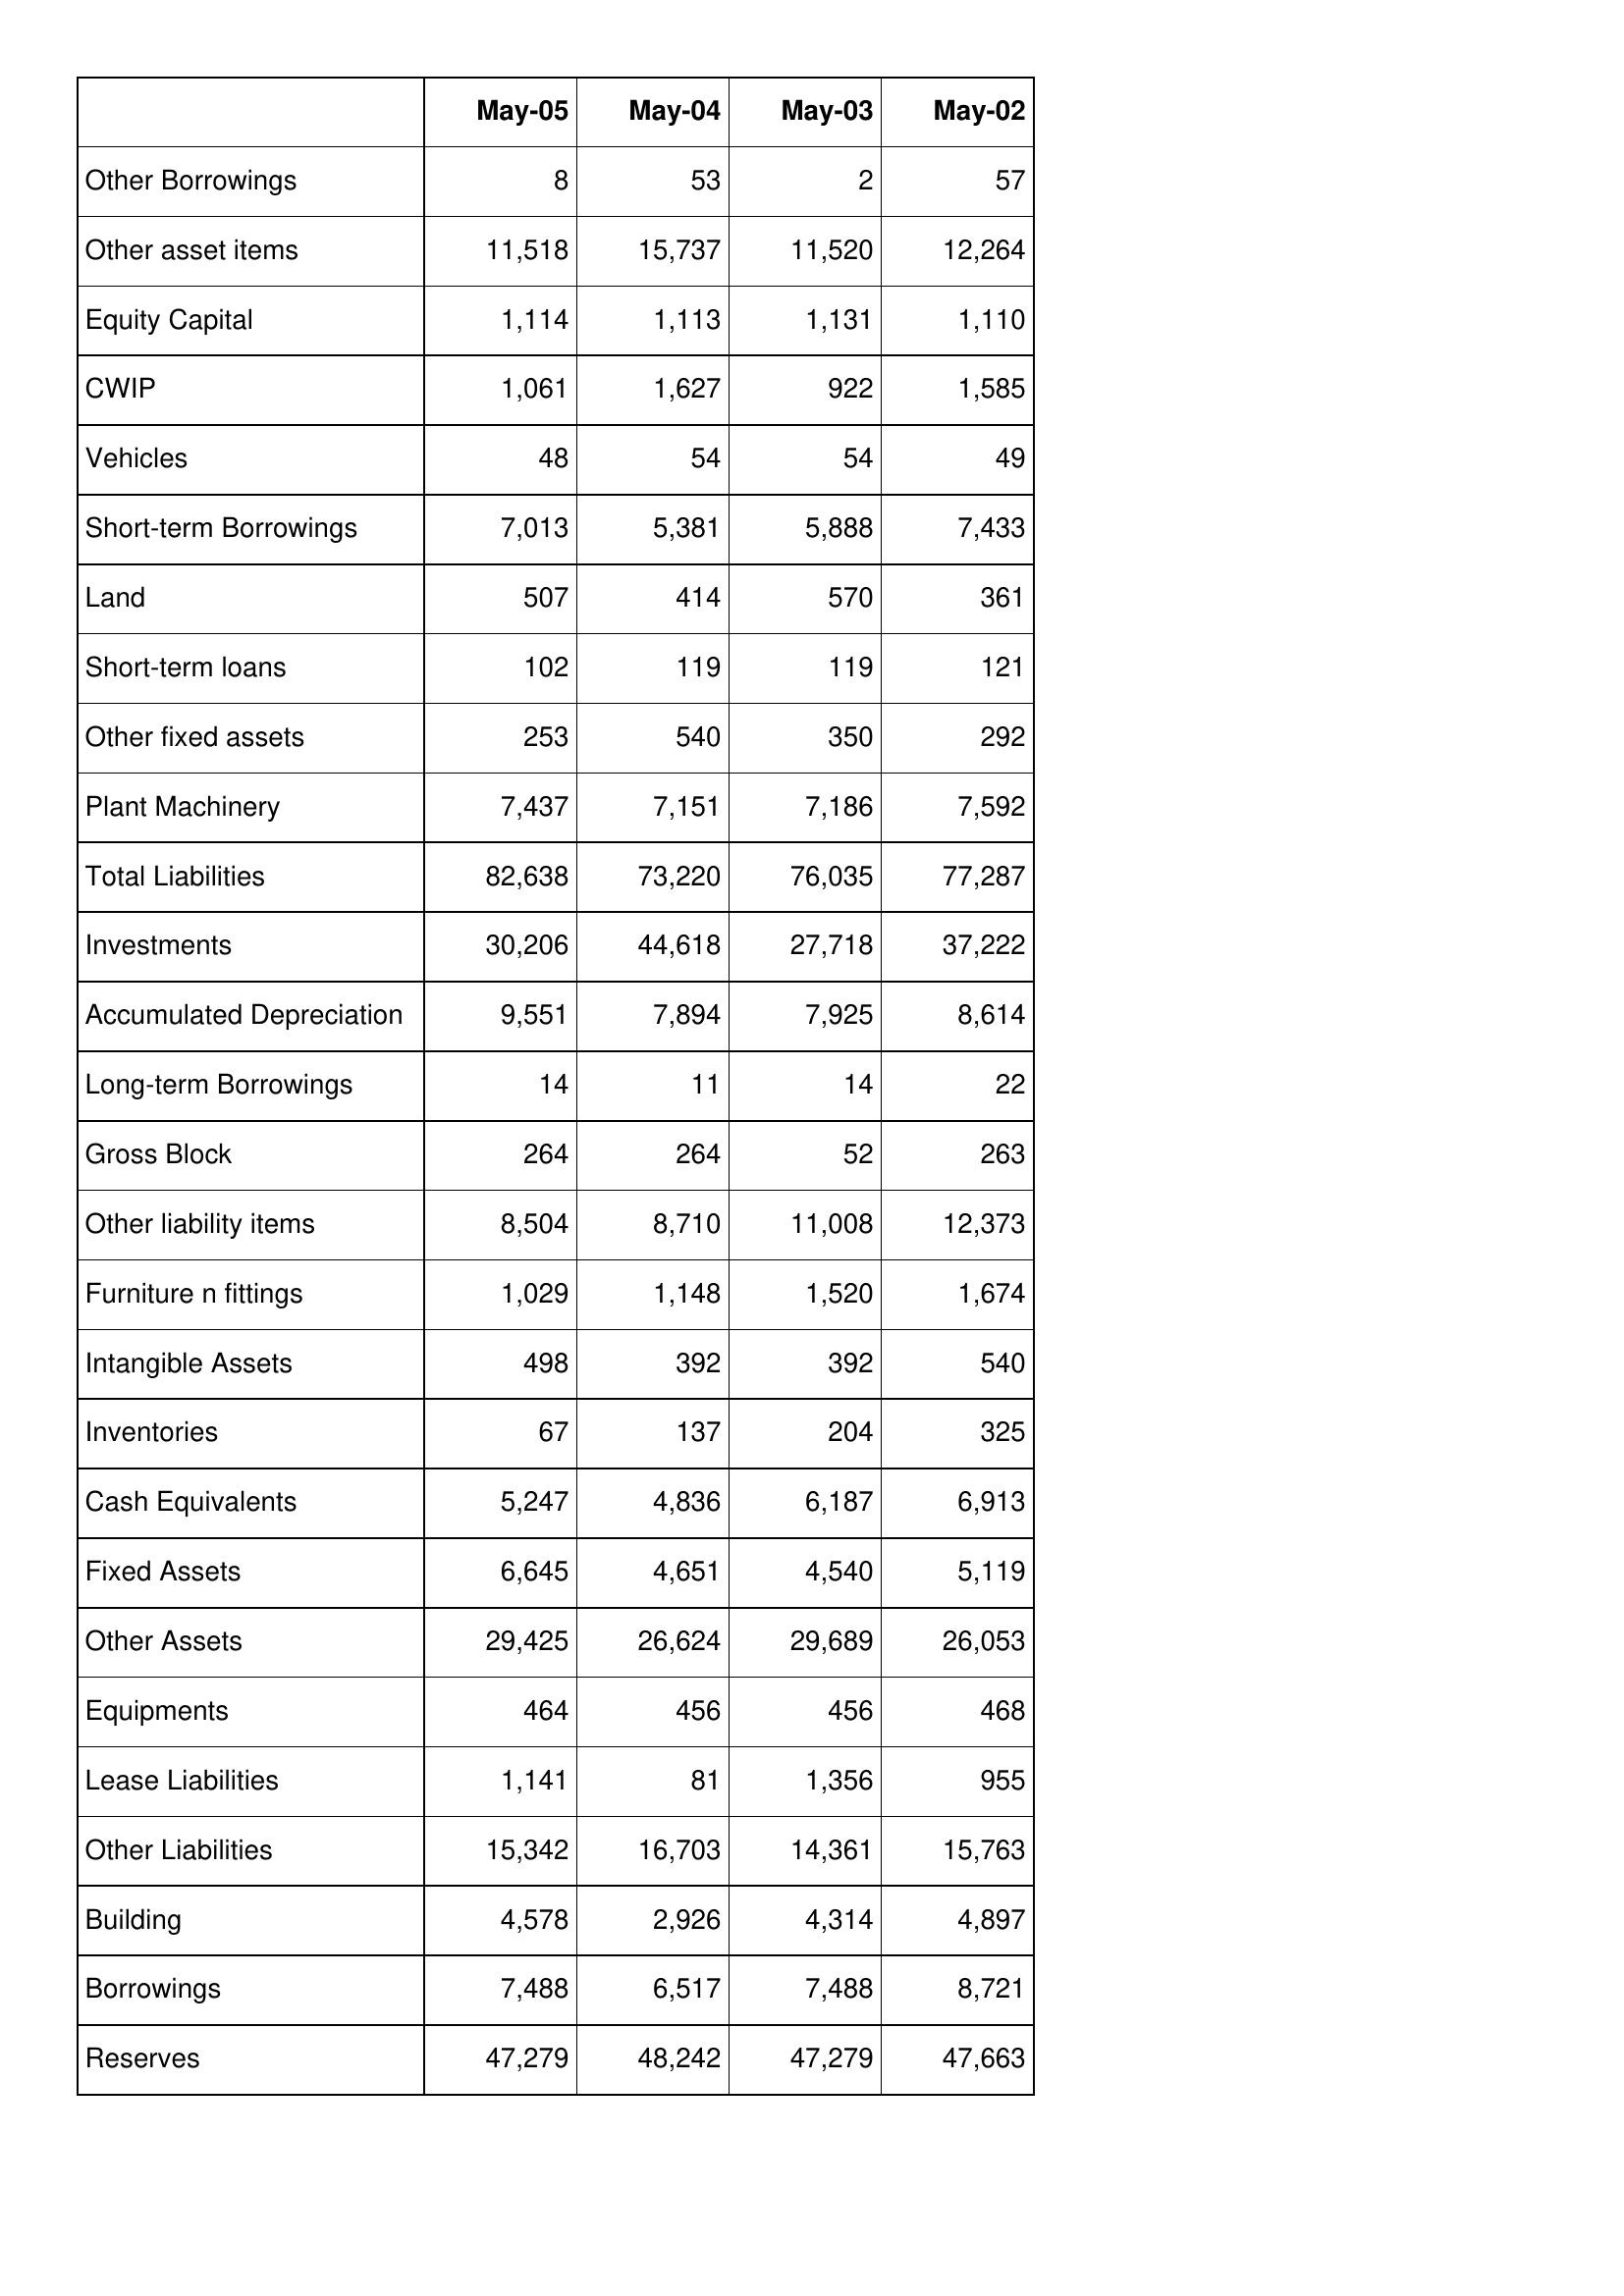
May-05: Balance Sheet: Other Borrowings: 8
Other asset items: 11,518
Equity Capital: 1,114
CWIP: 1,061
Vehicles: 48
Short-term Borrowings: 7,013
Land: 507
Short-term loans: 102
Other fixed assets: 253
Plant Machinery: 7,437
Total Liabilities: 82,638
Investments: 30,206
Accumulated Depreciation: 9,551
Long-term Borrowings: 14
Gross Block: 264
Other liability items: 8,504
Furniture n fittings: 1,029
Intangible Assets: 498
Inventories: 67
Cash Equivalents: 5,247
Fixed Assets: 6,645
Other Assets: 29,425
Equipments: 464
Lease Liabilities: 1,141
Other Liabilities: 15,342
Building: 4,578
Borrowings: 7,488
Reserves: 47,279
May-04: Balance Sheet: Other Borrowings: 53
Other asset items: 15,737
Equity Capital: 1,113
CWIP: 1,627
Vehicles: 54
Short-term Borrowings: 5,381
Land: 414
Short-term loans: 119
Other fixed assets: 540
Plant Machinery: 7,151
Total Liabilities: 73,220
Investments: 44,618
Accumulated Depreciation: 7,894
Long-term Borrowings: 11
Gross Block: 264
Other liability items: 8,710
Furniture n fittings: 1,148
Intangible Assets: 392
Inventories: 137
Cash Equivalents: 4,836
Fixed Assets: 4,651
Other Assets: 26,624
Equipments: 456
Lease Liabilities: 81
Other Liabilities: 16,703
Building: 2,926
Borrowings: 6,517
Reserves: 48,242
May-03: Balance Sheet: Other Borrowings: 2
Other asset items: 11,520
Equity Capital: 1,131
CWIP: 922
Vehicles: 54
Short-term Borrowings: 5,888
Land: 570
Short-term loans: 119
Other fixed assets: 350
Plant Machinery: 7,186
Total Liabilities: 76,035
Investments: 27,718
Accumulated Depreciation: 7,925
Long-term Borrowings: 14
Gross Block: 52
Other liability items: 11,008
Furniture n fittings: 1,520
Intangible Assets: 392
Inventories: 204
Cash Equivalents: 6,187
Fixed Assets: 4,540
Other Assets: 29,689
Equipments: 456
Lease Liabilities: 1,356
Other Liabilities: 14,361
Building: 4,314
Borrowings: 7,488
Reserves: 47,279
May-02: Balance Sheet: Other Borrowings: 57
Other asset items: 12,264
Equity Capital: 1,110
CWIP: 1,585
Vehicles: 49
Short-term Borrowings: 7,433
Land: 361
Short-term loans: 121
Other fixed assets: 292
Plant Machinery: 7,592
Total Liabilities: 77,287
Investments: 37,222
Accumulated Depreciation: 8,614
Long-term Borrowings: 22
Gross Block: 263
Other liability items: 12,373
Furniture n fittings: 1,674
Intangible Assets: 540
Inventories: 325
Cash Equivalents: 6,913
Fixed Assets: 5,119
Other Assets: 26,053
Equipments: 468
Lease Liabilities: 955
Other Liabilities: 15,763
Building: 4,897
Borrowings: 8,721
Reserves: 47,663